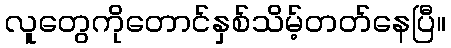
လူတွေကိုတောင်နှစ်သိမ့်တတ်နေပြီ။